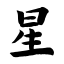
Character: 星